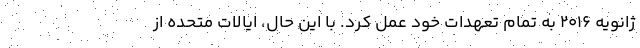
ژانویه ۲۰۱۶ به تمام تعهدات خود عمل کرد. با این حال، ایالات متحده از